Janeda_(Ambla)_vallavalitsus, lk 12
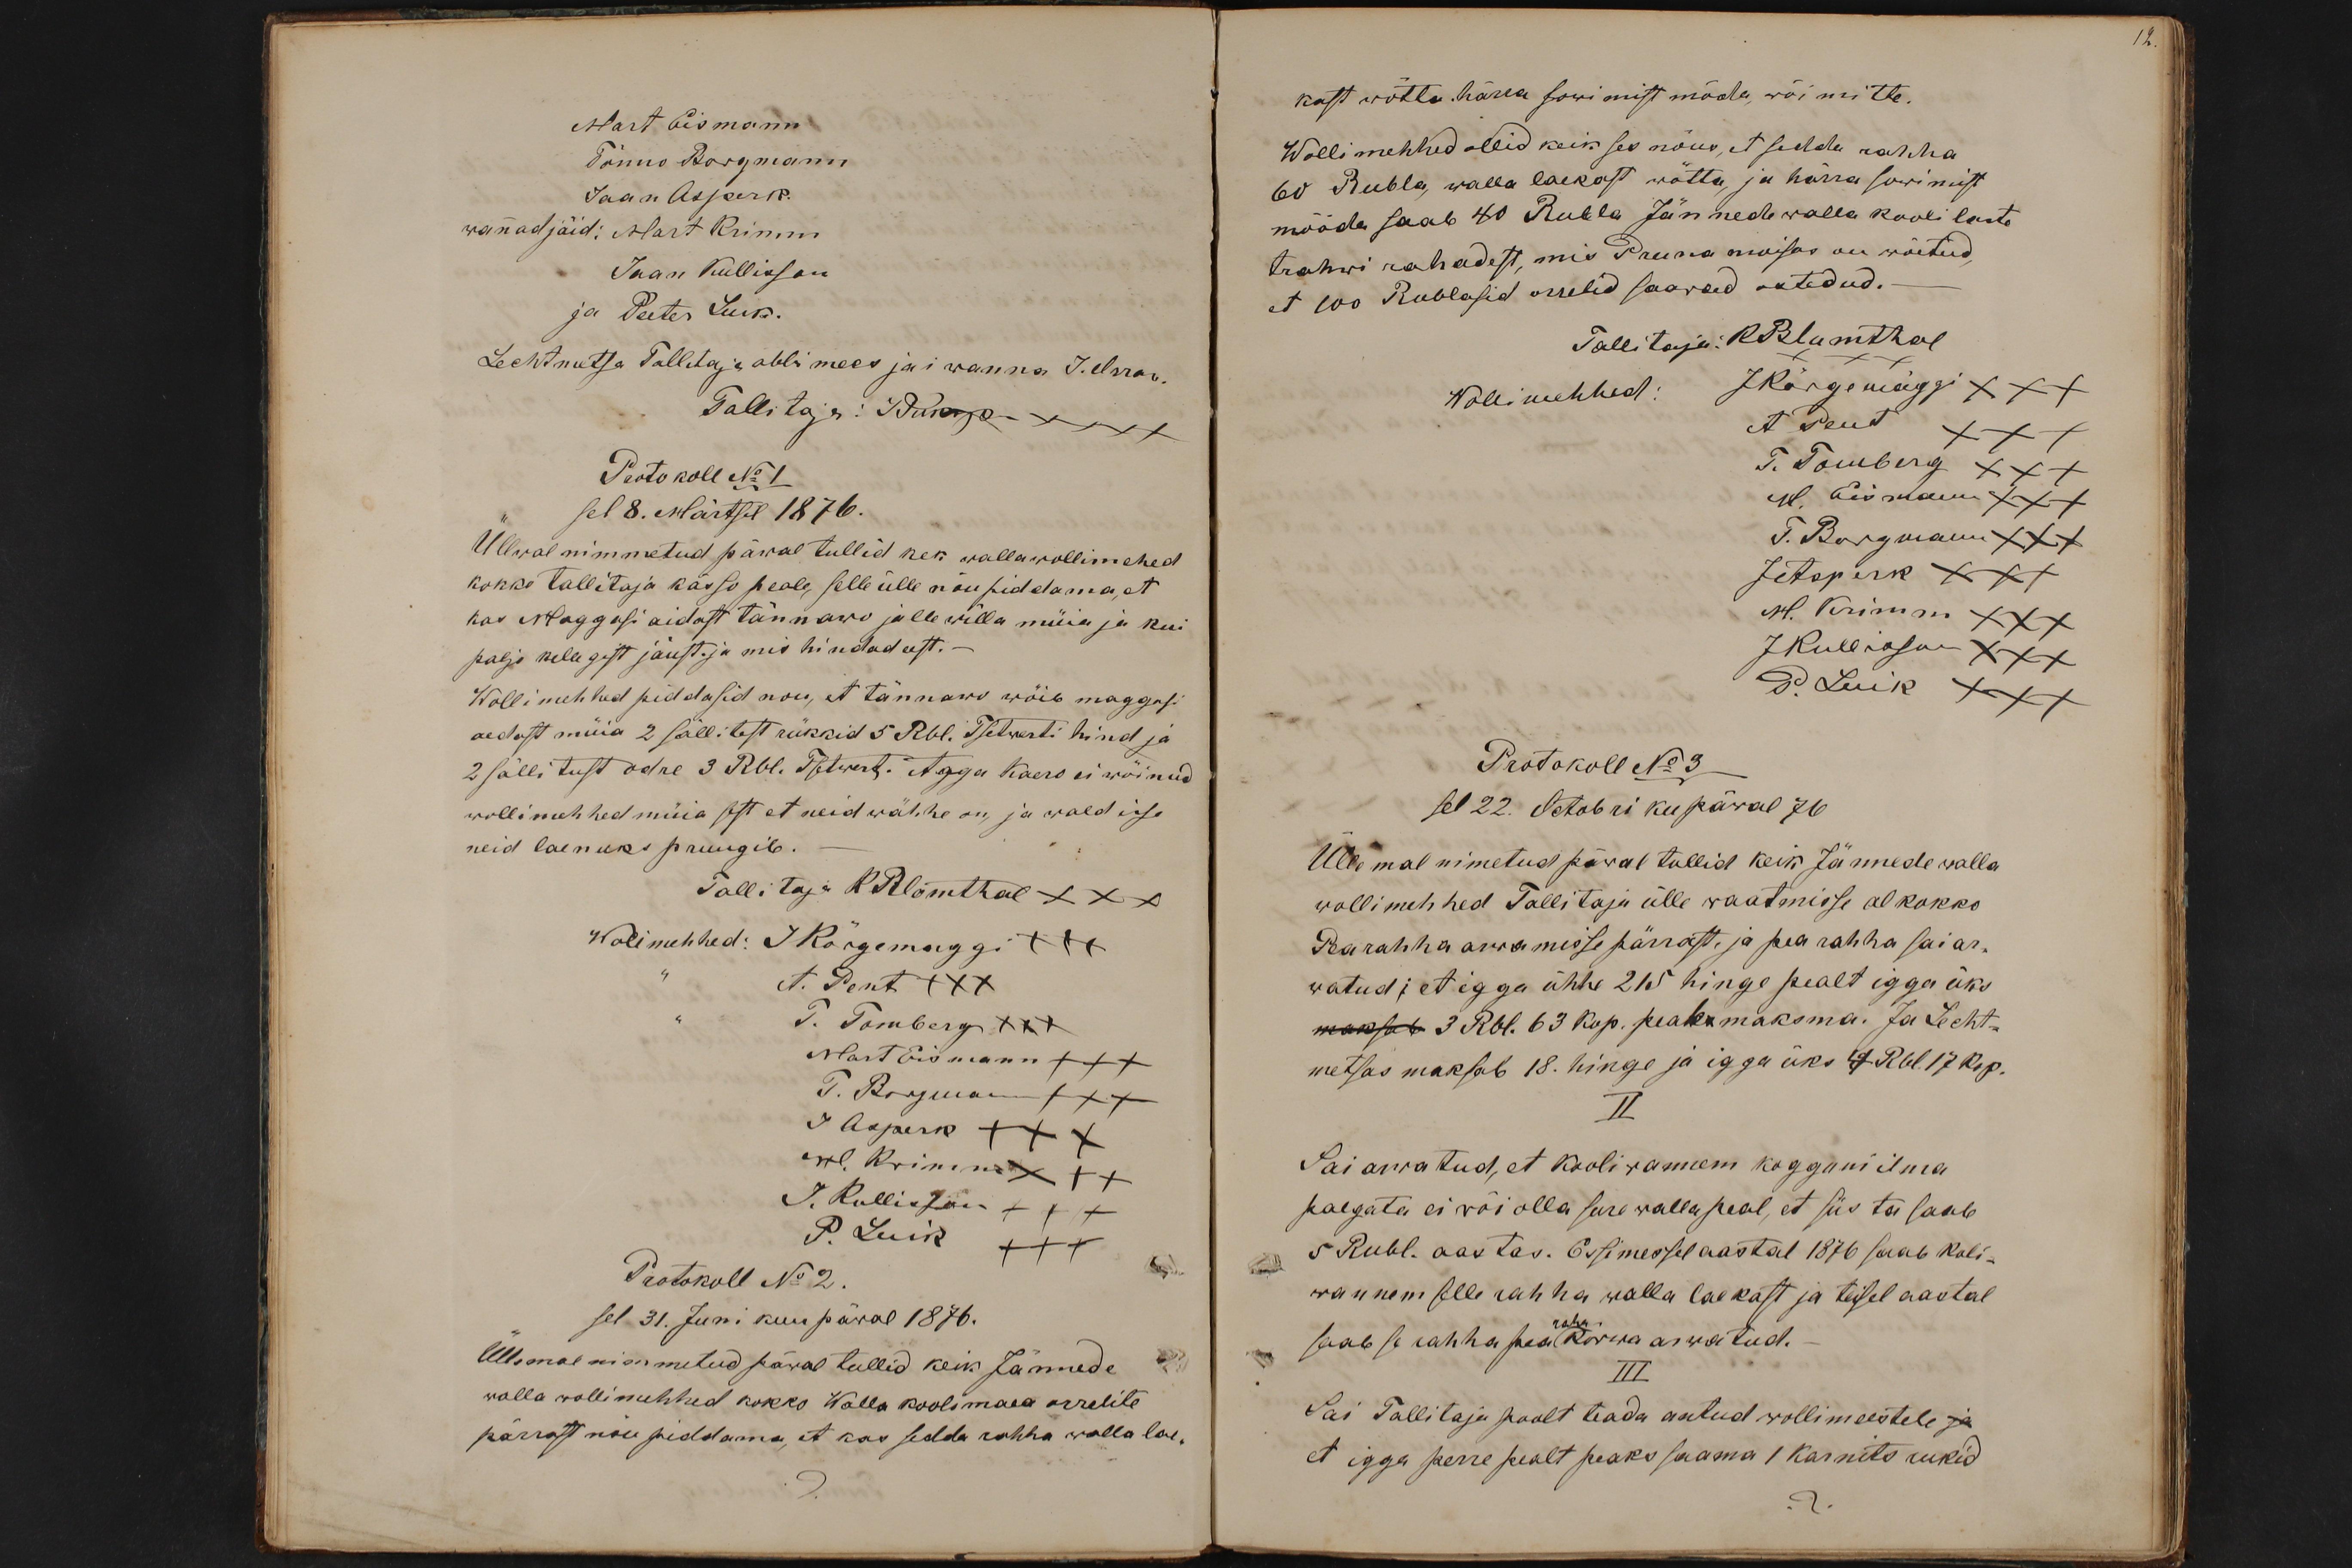
Mart Eismann
Tõnno Borgmann
Jaan Asperk.
wannad jäid: Mart Krimm
Jaan Kullisson
ja Peeter Luik.
Lechtmetsa Tallitaja abbimees jai wanna J. Orraw.
Tallitaja: JPukspu XXXX
Protokoll No 1
sel 8. Märtsil 1876.
Üllwal nimmetud päwal tullid kek walla wollimehed
kokko tallitaja kässo peale, selle ülle nõu piddama, et
kas Maggasi aidast tännawo jalle willa müia ja kui
paljo kellegist jäust. ja mis hindad eest.
Wollimehhed piddasid nou, et tännawo wõib maggasi
aedast müia 2 sällitest rükkid 5 Rbl. Tsetwerti hind ja
2 sällitust odre 3 Rbl. Tsetwert. Agga kaero ei wõinud
wollimehhed müia sest et neid wähhe on, ja wald isse
neid laenuks pruugib.
Tallitaja K Blomthal XXX
Wolimehhed: J Kõrgemaggi XXX
A. Pent XXX
T. Tomberg XXX
Mart Eismann +++
T. Borgmann XXX
J. Asperk +XX
M. Krimm X+X
J. Kullisson +++
P. Luik +++
Protokoll No 2.
sel 31. Juni kuu päwal 1876.
Üllemal nimmetud päwal tullid keik Jännede
walla wollimehhed kokko Walla koolimaea orrelite
pärrast nõu piddama, et kas sedda rahha walla lae-

12.
kast wõtta .härra sowimist möda, wõi mitte.
Wollimehhed ollid keik ses nõus, et sedda rahha
60 Rubla, walla laekast wõtta, ja härra sowimist
mööda saab 40 Rubla Jännede walla kooli laste
trahwi rahadest, mis Pruna moisas on wõetud,
et 100 Rublasid orrelid saawad ostedud.
Tallitaja: KBlumthal
XXX
Wollimehhed: JKõrgemäggi XXX
A Pent XXX
T. Tomberg XXX
M. Eismann XXX
T. Borgmann XXX
JAsperk XXX
M. Krimm XXX
JKullisson XXX
P. Luik XXX
Protokoll No 3
sel 22. Octobri ku päwal 76
Üllemal nimetud päwal tullid keik Jännede walla
wollimehhed Tallitaja üllewaatmisse al kokko
Pearahha arvamisse pärrast, ja pearahha sai ar-
watud; et igga ühhe 215 hinge pealt igga üks
maksab 3 Rbl. 63 kop. peab maksma. Ja Lecht-
metsas maksab 18. hinge ja igga üks 4 Rbl. 17 kop.
II
Sai arwatud, et kooliwannem kogguni ilma
palgata ei või olla sure walla peal, et siis ta saab
5 Rubl. aastas. Essimessel aastal 1876 saab koli-
wannem selle rahha walla laekast ja teisel aastal
saab se rahha pearaha kõrwa arwatud.
III
Sai Tallitaja poolt teada antud wollimeestele ja
et igga perre pealt peaks saama 1 karnits rukid